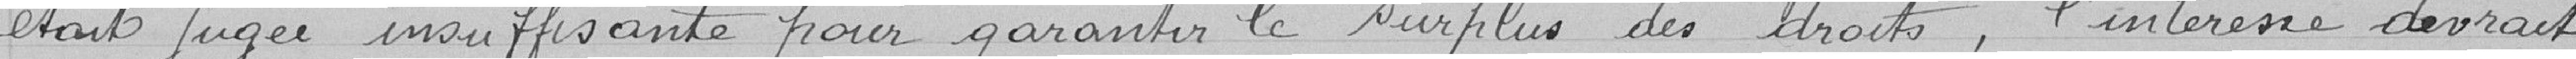
était jugée insuffisante pour garantir le surplus des droits, l'intéressé devrait